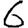
Digit: 6